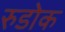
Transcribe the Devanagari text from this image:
रुडोक